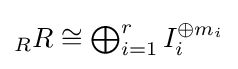
{\textstyle {}_{R}R\cong \bigoplus _{i=1}^{r}I_{i}^{\oplus m_{i}}}